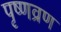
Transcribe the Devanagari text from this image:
पृष्णव्रण